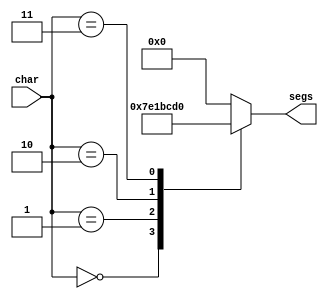
/*
   This file was generated automatically by Alchitry Labs version 1.1.6.
   Do not edit this file directly. Instead edit the original Lucid source.
   This is a temporary file and any changes made to it will be destroyed.
*/

module seven_seg_7 (
    input [3:0] char,
    output reg [6:0] segs
  );
  
  
  
  always @* begin
    
    case (char)
      1'h0: begin
        segs = 7'h3f;
      end
      1'h1: begin
        segs = 7'h06;
      end
      2'h2: begin
        segs = 7'h79;
      end
      2'h3: begin
        segs = 7'h50;
      end
      default: begin
        segs = 7'h00;
      end
    endcase
  end
endmodule